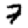
Digit: 7